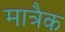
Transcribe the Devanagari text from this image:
मात्रैक